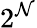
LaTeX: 2^{\mathcal{N}}